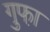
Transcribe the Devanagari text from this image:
गुफा़